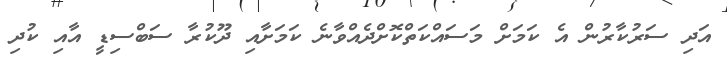
އަދި ސަރުކާރުން އެ ކަމަށް މަސައްކަތްކޮށްދެއްވާނެ ކަމަށާއި ދޫކުރާ ސަބްސިޑީ އާއި ކުދި